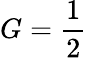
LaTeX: G=\frac{1}{2}